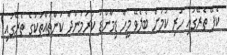
ކެފޭ ތެރޭގައި ހުރި ކަމަށް ބެލެވޭ މީހާ ޑިމާންޑު ކުރަމުންދާ ކަންތައްތަކުގެ ތެރޭގައި